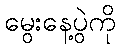
မွေးနေ့ပွဲကို